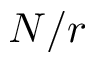
N / r